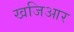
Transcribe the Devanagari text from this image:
खजिआर